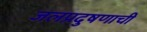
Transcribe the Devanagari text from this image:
जलप्रदुषणाची